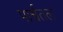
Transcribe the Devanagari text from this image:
पार्श्वतल